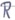
Text: R